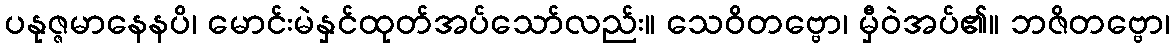
ပနုဇ္ဇမာနေနပိ၊ မောင်းမဲနှင်ထုတ်အပ်သော်လည်း။ သေဝိတဗ္ဗော၊ မှီဝဲအပ်၏။ ဘဇိတဗ္ဗော၊